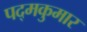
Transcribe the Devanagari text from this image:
पद्मकुमार